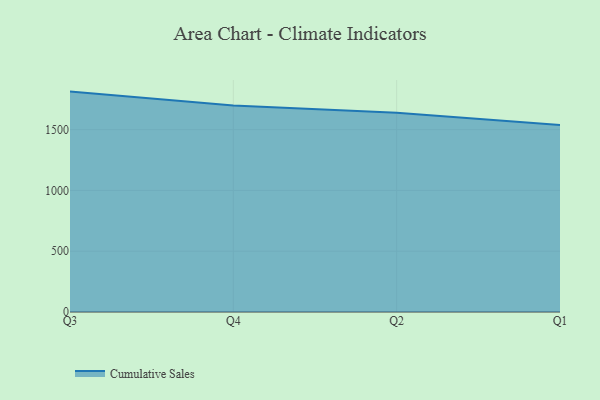
{"axis": {"x": "Quarter", "y": "Customer Acquisition Cost (USD)"}, "legend": ["Cumulative Sales"], "data": [{"x": "Q3", "y": 1813.1, "type": "Cumulative Sales"}, {"x": "Q4", "y": 1698.4, "type": "Cumulative Sales"}, {"x": "Q2", "y": 1638.8, "type": "Cumulative Sales"}, {"x": "Q1", "y": 1537.9, "type": "Cumulative Sales"}]}